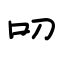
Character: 叨